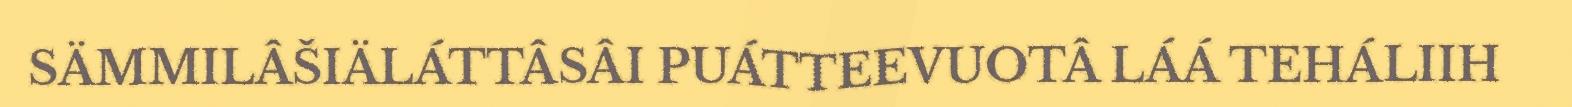
SÄMMILÂŠIÄLÁTTÂSÂI PUÁTTEEVUOTÂ LÁÁ TEHÁLIIH